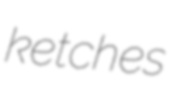
ketches